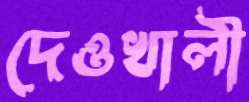
দেওখালী